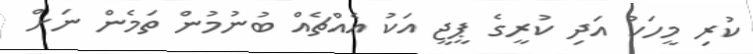
ކުރި މީހަކު އަދި ކުރީގެ ޕީޖީ އަކު އެއްޗެއް ބުނުމުން ތަމެން ނަށް